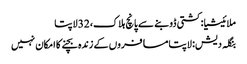
ملائیشیا: کشتی ڈوبنے سے پانچ ہلاک، 32 لاپتا
بنگلہ دیش: لاپتا مسافروں کے زندہ بچنے کا امکان نہیں